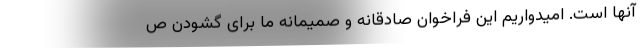
آنها است. امیدواریم این فراخوان صادقانه و صمیمانه ما برای گشودن ص